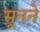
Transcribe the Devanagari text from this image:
सूनने